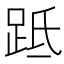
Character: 䟡